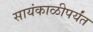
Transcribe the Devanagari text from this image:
सायंकाळीपर्यंत